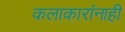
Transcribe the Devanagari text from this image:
कलाकारांनाही